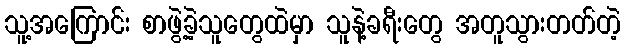
သူ့အကြောင်း စာဖွဲ့ခဲ့သူတွေထဲမှာ သူနဲ့ခရီးတွေ အတူသွားတတ်တဲ့